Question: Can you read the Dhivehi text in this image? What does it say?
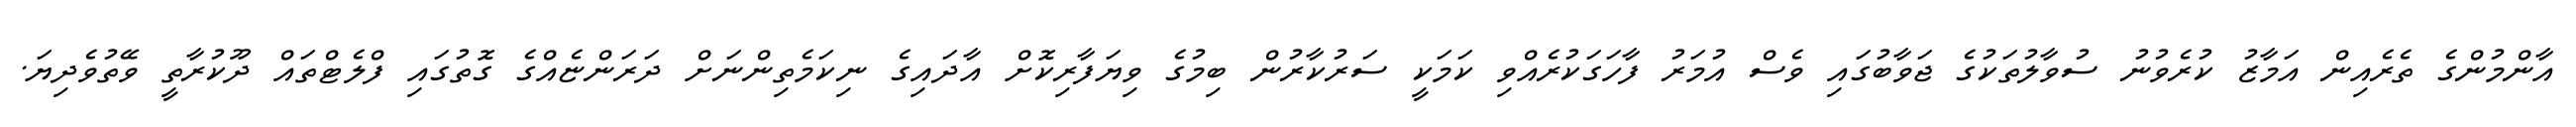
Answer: އާންމުންގެ ތެރެއިން އަމާޒު ކުރެވުނު ސުވާލުތަކުގެ ޖަވާބުގައި ވެސް އުމަރު ފާހަގަކުރެއްވި ކަމަކީ ސަރުކާރުން ބިމުގެ ވިޔަފާރިކޮށް އާދައިގެ ނިކަމެތިންނަށް ދަރަންޏެއްގެ ގޮތުގައި ފްލެޓްތައް ދޫކުރާތީ ވޭތުވެދިޔަ.